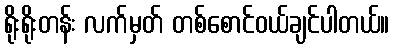
ရိုးရိုးတန်း လက်မှတ် တစ်စောင်ဝယ်ချင်ပါတယ်။